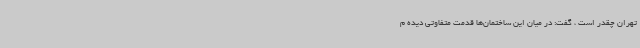
تهران چقدر است ، گفت: در میان این ساختمان‌ها قدمت‌ متفاوتی دیده م